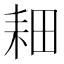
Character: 𫅹